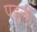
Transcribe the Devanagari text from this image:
पड़्ती